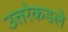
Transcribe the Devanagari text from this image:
उत्तरेकडले